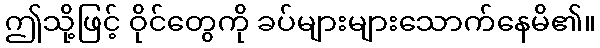
ဤသို့ဖြင့် ဝိုင်တွေကို ခပ်များများသောက်နေမိ၏။